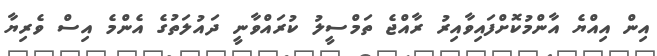
އިން އިއްޔެ އާންމުކޮށްފައިވާއިރު ރާއްޖެ ތަމްސީލު ކުރައްވާނީ ދައުލަތުގެ އެންމެ އިސް ވެރިޔާ